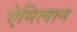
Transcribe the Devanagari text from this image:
ऐमिलान